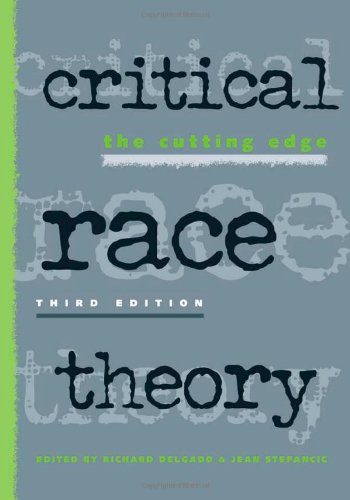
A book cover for Critical Race Theory: The Cutting Edge; Jean Stefancic; Law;